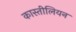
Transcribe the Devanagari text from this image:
कास्तीलियन